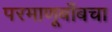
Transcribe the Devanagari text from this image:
परमाणूबाँबचा